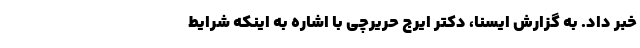
خبر داد. به گزارش ایسنا، دکتر ایرج حریرچی با اشاره به اینکه شرایط